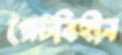
প্লেটবিহীন